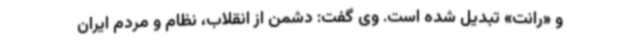
و «رانت» تبدیل شده است. وی گفت: دشمن از انقلاب، نظام و مردم ایران